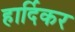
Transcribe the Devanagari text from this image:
हार्दिकर